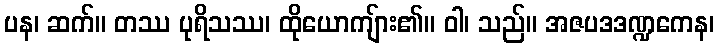
ပန၊ ဆက်။ တဿ ပုရိသဿ၊ ထိုယောကျ်ား၏။ ဝါ၊ သည်။ အဇပဒဒဏ္ဍကေန၊